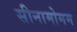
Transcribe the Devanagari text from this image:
सीनामोमम